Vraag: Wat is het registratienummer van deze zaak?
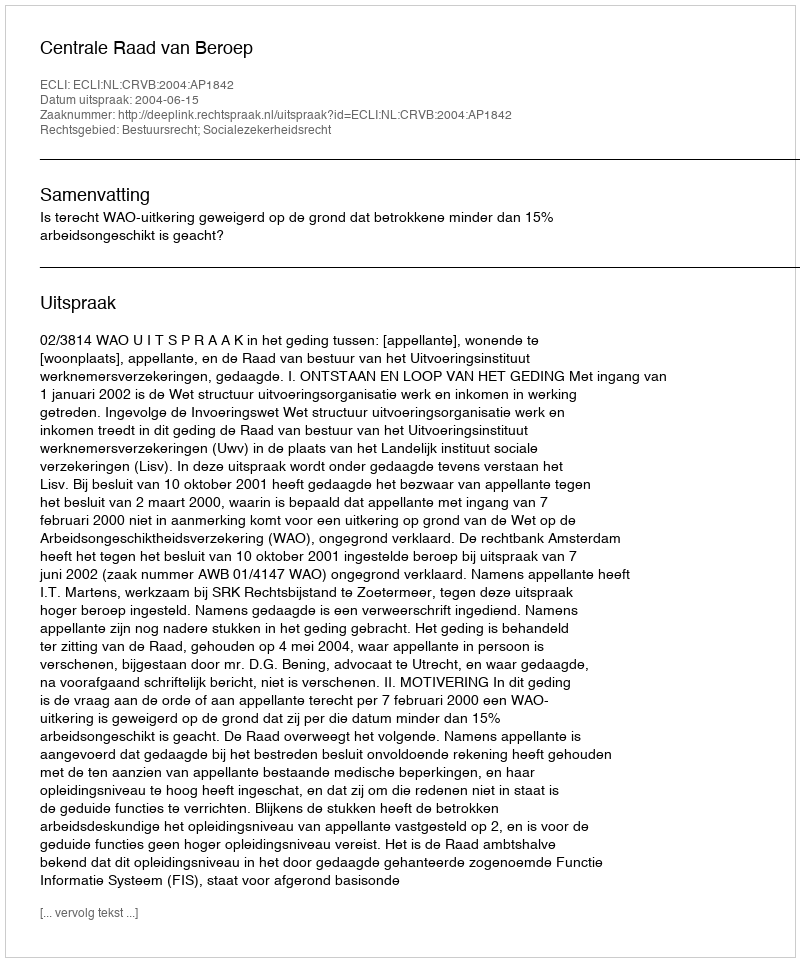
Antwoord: http://deeplink.rechtspraak.nl/uitspraak?id=ECLI:NL:CRVB:2004:AP1842